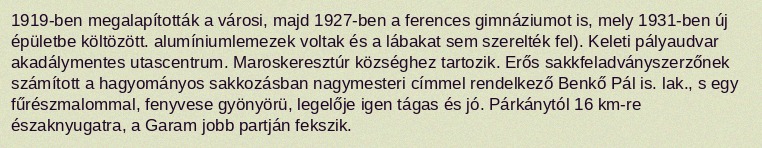
1919-ben megalapították a városi, majd 1927-ben a ferences gimnáziumot is, mely 1931-ben új épületbe költözött. alumíniumlemezek voltak és a lábakat sem szerelték fel). Keleti pályaudvar akadálymentes utascentrum. Maroskeresztúr községhez tartozik. Erős sakkfeladványszerzőnek számított a hagyományos sakkozásban nagymesteri címmel rendelkező Benkő Pál is. lak., s egy fűrészmalommal, fenyvese gyönyörü, legelője igen tágas és jó. Párkánytól 16 km-re északnyugatra, a Garam jobb partján fekszik.